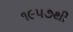
૧૯૫૭થી